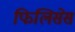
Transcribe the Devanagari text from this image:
फिलिसेस